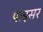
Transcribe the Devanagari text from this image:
पाइसर